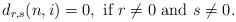
LaTeX: \begin{align*}d_{r,s}(n,i)=0,\mbox{ if }r\ne 0\mbox{ and }s\ne 0.\end{align*}